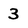
Character: 3